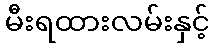
မီးရထားလမ်းနှင့်